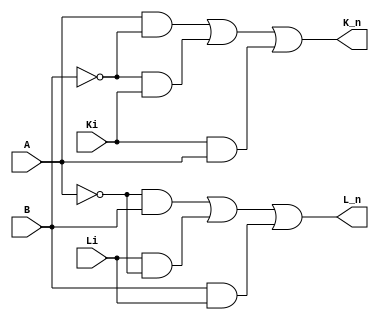
module EXTENDER (   input Ki,Li, // Creacion del Bloque EXTENDER y sus entradas y salidas
				   input A,B,
				   output K_n,L_n );

 assign K_n = ((A & !B ) | (!B & Ki) | (Ki & (A)) ); //funcion logica para la salida final K de cada bloque EXTENDER

 assign L_n = ((!A & B ) | (Li & !A) | (B & (Li)) ); //funcion logica para la salida final L de cada bloque EXTENDER

endmodule